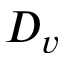
D _ { v }